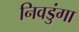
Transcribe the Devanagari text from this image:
निवडुंगा